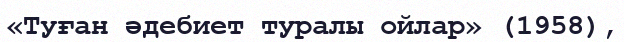
«Туған әдебиет туралы ойлар» (1958),